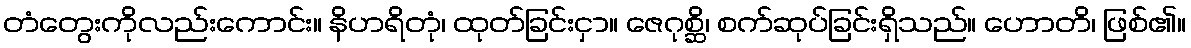
တံတွေးကိုလည်းကောင်း။ နိဟရိတုံ၊ ထုတ်ခြင်းငှာ။ ဇေဂုစ္ဆိ၊ စက်ဆုပ်ခြင်းရှိသည်။ ဟောတိ၊ ဖြစ်၏။